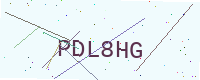
Text: PDL8HG